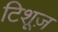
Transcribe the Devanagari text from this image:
टिशूज़